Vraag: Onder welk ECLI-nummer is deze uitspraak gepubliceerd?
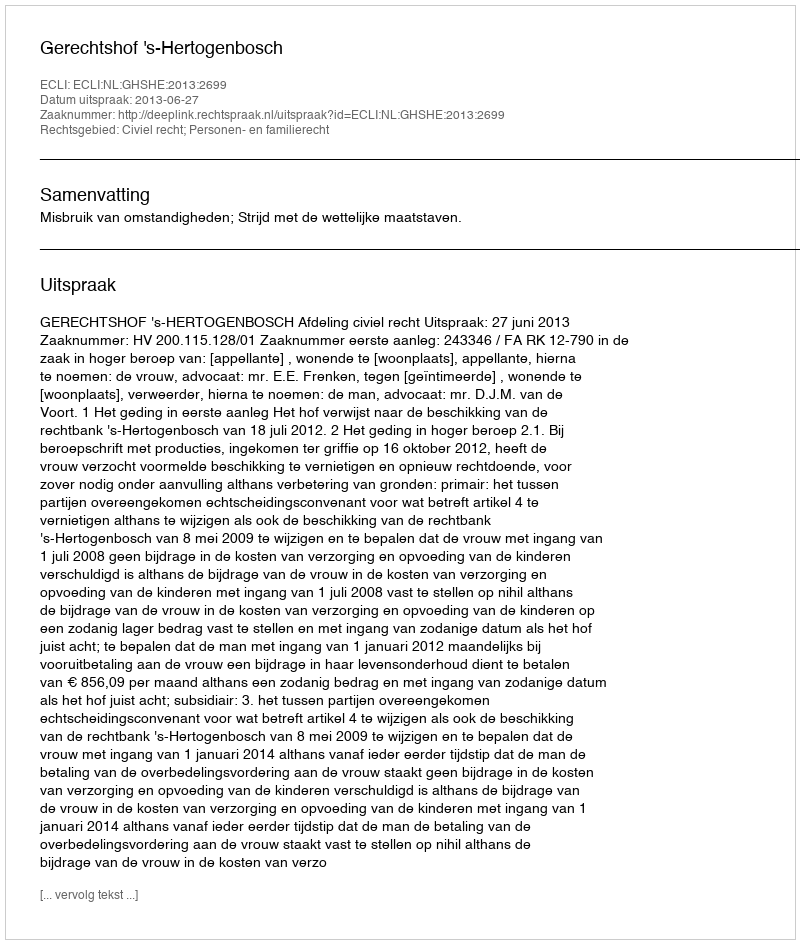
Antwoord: ECLI:NL:GHSHE:2013:2699